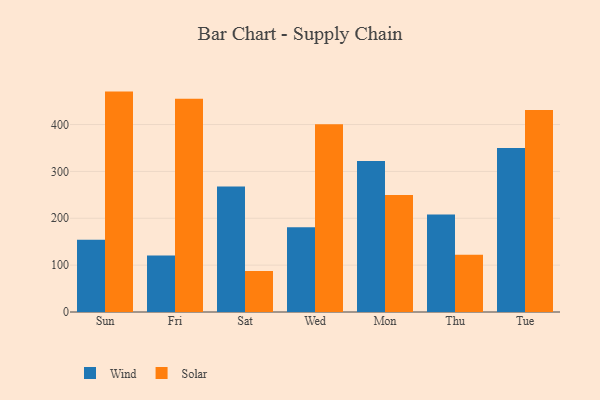
{"axis": {"x": "Day", "y": "Tickets Resolved"}, "legend": ["Solar", "Wind"], "data": [{"x": "Sun", "y": 154.0, "type": "Wind"}, {"x": "Sun", "y": 470.3, "type": "Solar"}, {"x": "Fri", "y": 120.7, "type": "Wind"}, {"x": "Fri", "y": 455.1, "type": "Solar"}, {"x": "Sat", "y": 267.7, "type": "Wind"}, {"x": "Sat", "y": 87.5, "type": "Solar"}, {"x": "Wed", "y": 180.8, "type": "Wind"}, {"x": "Wed", "y": 400.8, "type": "Solar"}, {"x": "Mon", "y": 322.1, "type": "Wind"}, {"x": "Mon", "y": 249.8, "type": "Solar"}, {"x": "Thu", "y": 208.3, "type": "Wind"}, {"x": "Thu", "y": 121.9, "type": "Solar"}, {"x": "Tue", "y": 349.7, "type": "Wind"}, {"x": "Tue", "y": 430.8, "type": "Solar"}]}